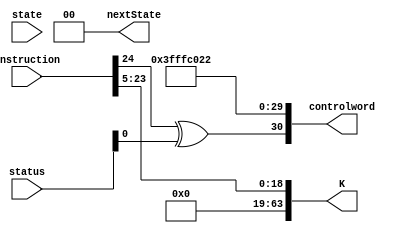
module B_compare (status, instruction, state, controlword, nextState, K); 
	output [30:0] controlword;
	output [1:0] nextState; 
	output [63:0] K;
	input [31:0] instruction;  
	input [1:0] state; 
	input [4:0] status; 
	
	wire Z, C, N, V, ZI;

	assign V = status[4]; 
	assign C = status[3]; 
	assign Z = status[2]; 
	assign N = status[1]; 
	assign ZI = status[0];
	
	
	wire [1:0] Psel;
   wire [4:0] DA, SA, SB, Fsel;
	wire regW, ramW, EN_MEM, EN_ALU, EN_B, EN_PC, Bsel, PCsel, SL; 
	
	assign Psel = {instruction[24] ^ ZI, 1'b1}; // either PC <- PC + 4 + in * 4 (OR) PC <- PC + 4
	assign DA = 5'b11111; //Dont care
	assign SA = 5'b11111; //dont care
	assign SB = 5'b11111; //dont care
	assign Fsel = 5'b0000; //dont care, A and B are not inverted 
	assign regW = 1'b0; //dont write 
	assign ramW = 1'b0; //dont write 
	assign EN_MEM = 1'b0; 
	assign EN_ALU = 1'b1; 
	assign EN_B = 1'b0;
	assign EN_PC = 1'b0; 
	assign Bsel = 1'b0; // dont care 
	assign PCsel = 1'b1; //send K to PC
	assign SL = 1'b0; //dont change status bits 
	
   assign K = {{45 {1'b0}}, instruction [23:5]};
	assign controlword = {Psel, DA, SA, SB, Fsel, regW, ramW, EN_MEM, EN_ALU, EN_B, EN_PC, Bsel, PCsel, SL};
	
	assign nextState = 2'b00;  
endmodule